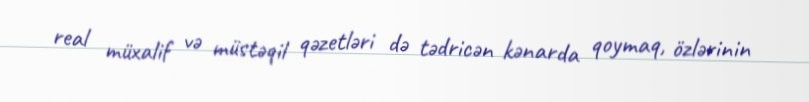
real müxalif və müstəqil qəzetləri də tədricən kənarda qoymaq, özlərinin